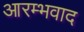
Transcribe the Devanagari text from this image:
आरम्भवाद